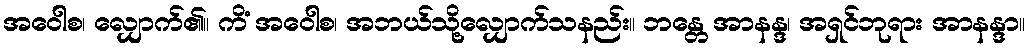
အဝေါစ၊ လျှောက်၏။ ကိံ အဝေါစ၊ အဘယ်သို့လျှောက်သနည်း။ ဘန္တေ အာနန္ဒ၊ အရှင်ဘုရား အာနန္ဒာ။